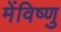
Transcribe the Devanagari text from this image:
मेंविष्णु